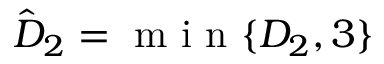
\hat { D } _ { 2 } = \mathrm { ~ m ~ i ~ n ~ } \{ D _ { 2 } , { 3 } \}